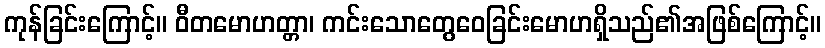
ကုန်ခြင်းကြောင့်။ ဝီတမောဟတ္တာ၊ ကင်းသောတွေဝေခြင်းမောဟရှိသည်၏အဖြစ်ကြောင့်။